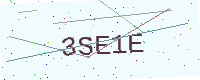
Text: 3SE1E